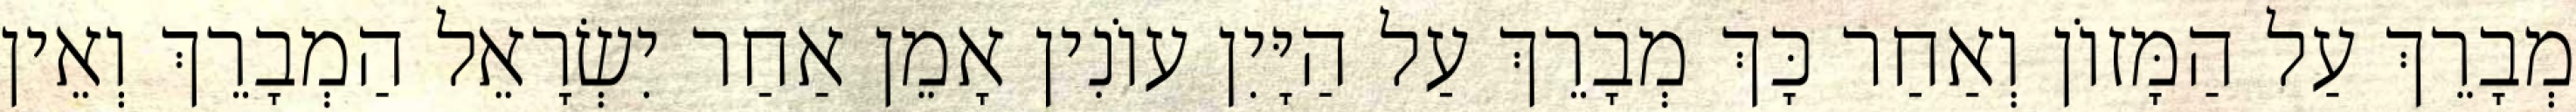
מְבָרֵךְ עַל הַמָּזוֹן וְאַחַר כָּךְ מְבָרֵךְ עַל הַיָּיִן עוֹנִין אָמֵן אַחַר יִשְׂרָאֵל הַמְבָרֵךְ וְאֵין